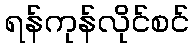
ရန်ကုန်လိုင်စင်